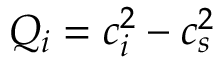
Q _ { i } = c _ { i } ^ { 2 } - c _ { s } ^ { 2 }